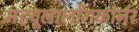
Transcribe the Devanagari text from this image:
महचूलालोंगकोर्नर